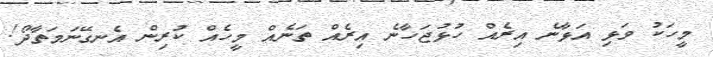
މީހަކު ވަޅި އަޅާނެ އިރެއް ހުޅުޖަހާނެ އިރެއް ތަނެއް މީހެއް ކުރިން އެނގޭނަމަތާދޯ!